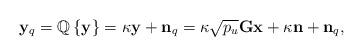
LaTeX: \begin{align*}{{\bf{y}}_q} = \mathbb{Q}\left\{ {\bf{y}} \right\} = \kappa {\bf{y}} + {{\bf{n}}_q} = \kappa \sqrt {{p_u}} {\bf{Gx}} + \kappa {\bf{n}} + {{\bf{n}}_q},\end{align*}